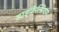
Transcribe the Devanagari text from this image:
डाइकैल्सियम